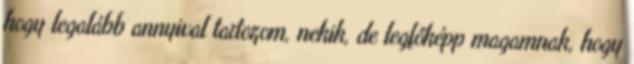
hogy legalább annyival tartozom, nekik, de legfőképp magamnak, hogy